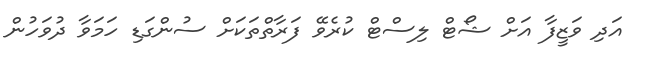
އަދި ވަޒީފާ އަށް ޝޯޓް ލިސްޓް ކުރެވޭ ފަރާތްތަކަށް ސުންގަޑި ހަމަވާ ދުވަހުން